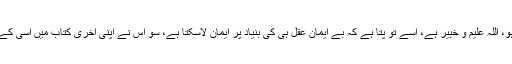
ہمارے دانشوروں کو خبر ہو نہ ہو، اللہ علیم و خبیر ہے، اسے تو پتا ہے کہ بے ایمان عقل ہی کی بنیاد پر ایمان لاسکتا ہے، سو اس نے اپنی آخری کتاب میں اسی کے ذریعے ایمان لانے پر زور دیا۔